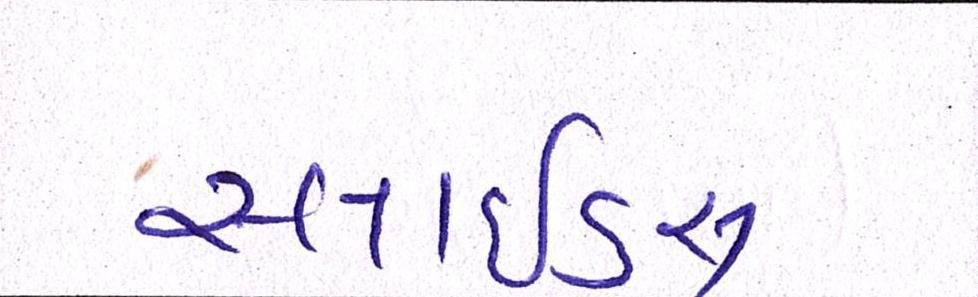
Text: સ્લાઇડ્સ